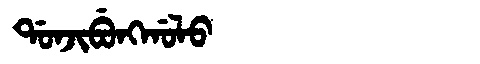
Manchu: ᡩᠣᠨᠵᡳᠪᡠᠩᡤᠣᠯᠣ
Romanization: DONJIBUNGGOLO